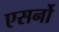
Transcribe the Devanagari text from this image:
एसर्नो